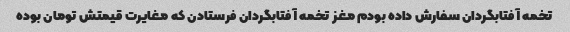
تخمه آفتابگردان سفارش داده بودم مغز تخمه آفتابگردان فرستادن که مغایرت قیمتش تومان بوده